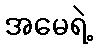
အမေရဲ့